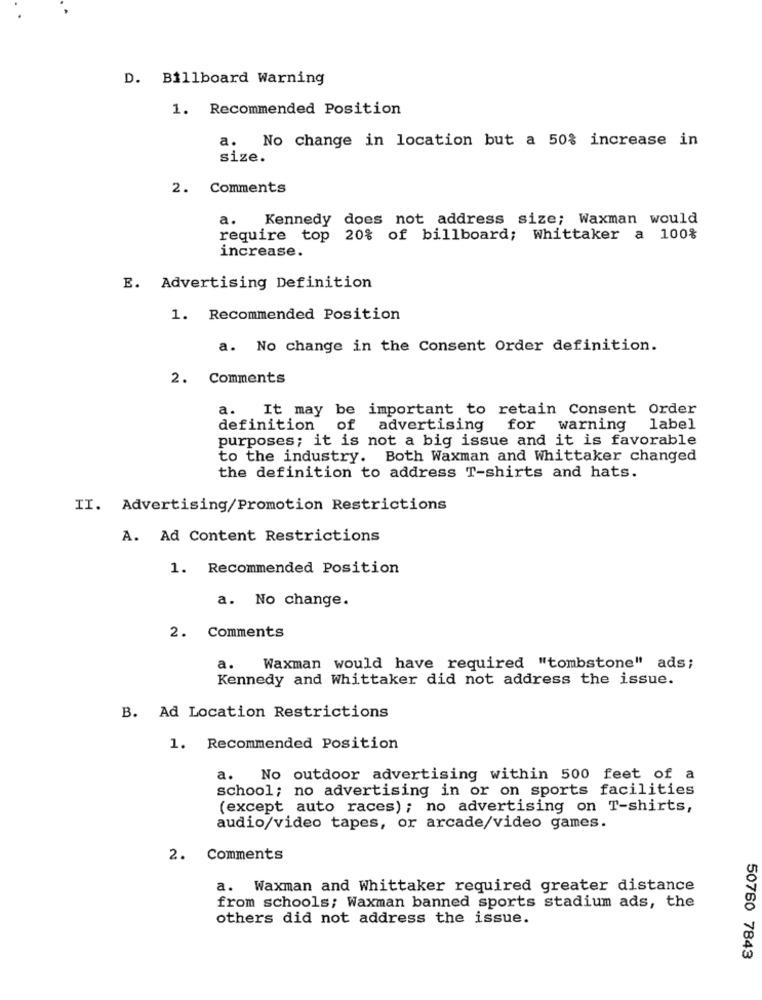
D. Billboard Warning
1. Recommended Position
No change in location but a 50% increase in
a.
size.
2. Comments
a. Kennedy does not address size; Waxman would
require top 20% of billboard; Whittaker a 100%
increase.
E. Advertising Definition
1. Recommended Position
a. No change in the Consent Order definition.
2. Comments
a. It may be important to retain Consent Order
definition
of
advertising for warning label
purposes; it is not a big issue and it is favorable
to the industry. Both Waxman and Whittaker changed
the definition to address T-shirts and hats.
II. Advertising/Promotion Restrictions
A. Ad Content Restrictions
1. Recommended Position
a. No change.
2.
Comments
a.
Waxman would have required "tombstone" ads;
Kennedy and Whittaker did not address the issue.
B. Ad Location Restrictions
1. Recommended Position
a.
No outdoor advertising within 500 feet of a
school; no advertising in or on sports facilities
(except auto races) ; no advertising on T-shirts,
audio/video tapes, or arcade/video games.
2. Comments
a. Waxman and Whittaker required greater distance
from schools; Waxman banned sports stadium ads, the
others did not address the issue.
50760 7843